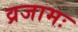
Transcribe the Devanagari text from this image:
व्रजामः